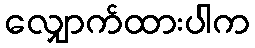
လျှောက်ထားပါက